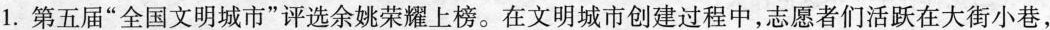
1. 第五届”全国文明城市”评选余姚荣耀上榜。在文明城市创建过程中，志愿者们活跃在大街小巷，